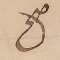
صح